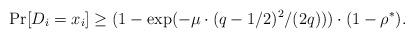
LaTeX: \begin{align*}\Pr[D_i = x_i] \geq (1-\exp(-\mu\cdot(q-1/2)^2/(2q))) \cdot (1-\rho^*).\end{align*}